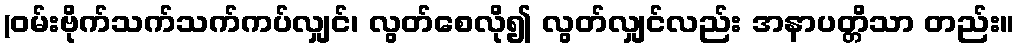
(ဝမ်းဗိုက်သက်သက်ကပ်လျှင်၊ လွတ်စေလို၍ လွတ်လျှင်လည်း အနာပတ္တိသာ တည်း။